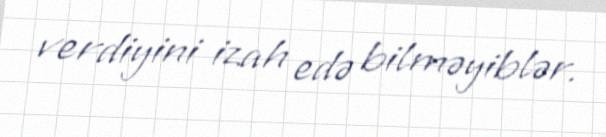
verdiyini izah edə bilməyiblər.